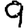
Digit: 9